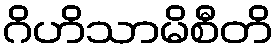
ဂိဟိသာမိစီတိ